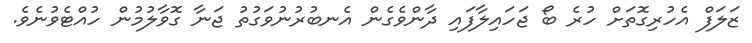
ޒަލަފް އެހުރިގޮތަށް ހުރެ ބޯ ޖަހައިލާފައި ދާންވެގެން އެނބުރުނުވަގުތު ޖަނާ ގޮވާލުމުން ހުއްޓެވުނެވެ.